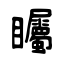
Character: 矚